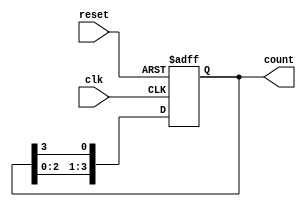
module ring_counter #(parameter N = 4) (
    input wire clk,
    input wire reset,
    output reg [N-1:0] count
);

// Initial state for the ring counter
initial begin
    count = 1'b1; // Set the initial state to 1000 for N=4
end

// Always block triggered on the rising edge of the clock or reset
always @(posedge clk or posedge reset) begin
    if (reset) begin
        count <= 1'b1; // Reset to initial state
    end else begin
        // Shift the '1' to the left and wrap around
        count <= {count[N-2:0], count[N-1]};
    end
end

endmodule